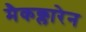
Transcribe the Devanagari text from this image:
मैकक्लारेन